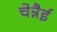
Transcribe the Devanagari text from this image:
चेन्नैई